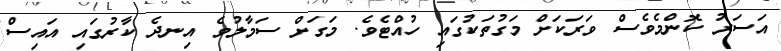
އަސަރު ކޮންމެވެސް ވަރަކަށް މަގުތަކުގައި ހުއްޓެވެ. މަގަށް ސަމާލުވެ އިނދެ ކާރުގައި އައިސް